Annual administration report of the Civil Veterinary Department of India - 1897-1898
Year: 1897
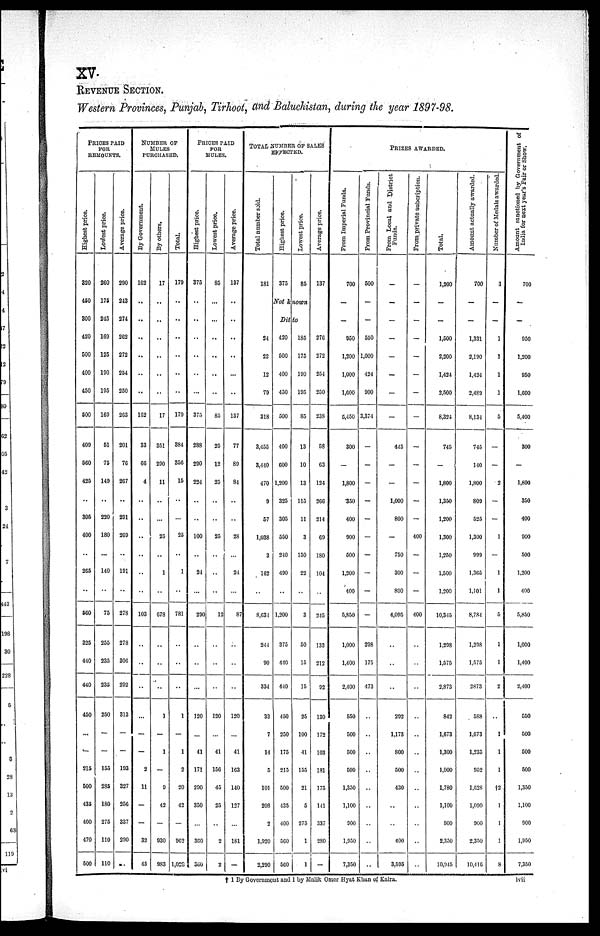
XV
REVENUE SECTION.
Western Provinces, Punjab, Tirhoot, and Baluchistan, during the year 1897—98.
PRICES PAID
FOR
REMOUNTS.
Highest price.
320
450
300
420
500
400
450
500
409
560
425
..
305
400
..
265
..
560
325
440
440
450
...
—
215
500
435
400
470
500
Lowest price.
260
175
215
169
125
190
195
169
51
75
149
..
220
180
..
140
..
75
255
235
235
250
—
—
155
285
180
275
110
110
Average price.
290
243
274
262
272
254
250
263
201
76
267
..
291
269
..
191
..
278
278
306
292
313
—
—
193
327
256
337
290
NUMBER OF
MULES
PURCHASED.
By Government.
162
..
..
..
..
..
..
162
33
66
4
..
..
..
..
..
..
103
..
..
..
..
—
—
2
11
—
—
32
45
By others.
17
..
..
..
..
..
..
17
351
290
11
..
..
25
..
1
..
678
..
..
..
1
—
1
—
9
42
—
930
983
Total.
179
..
..
..
..
..
..
179
384
356
15
..
..
25
..
1
..
781
..
..
..
1
—
1
2
20
42
—
962
1,028
PRICES PAID
FOR
MULES.
Highest price.
375
..
..
..
..
..
...
375
288
290
224
..
..
100
..
24
..
290
..
..
...
120
..
41
171
290
350
...
360
360
Lowest price.
85
..
..
..
..
..
..
85
25
12
25
..
..
25
..
..
..
12
..
..
..
120
...
41
156
45
25
..
2
2
Average price.
137
..
..
..
..
...
..
137
77
89
84
..
..
28
..
24
..
87
..
..
..
120
...
41
163
140
127
...
181
—
TOTAL NUMBER OF SALES
EFFECTED.
Total number sold.
181
24
22
12
79
318
3,455
3,440
470
9
57
1,038
3
162
..
8,631
244
90
334
33
7
11
5
101
208
2
1,920
2,290
Highest price.
375
Lowest price.
85
Not
known
Ditto
420
500
400
450
500
400
600
1,200
325
305
550
240
490
..
1,200
375
440
440
450
250
175
215
500
435
400
560
560
185
175
190
195
85
13
10
13
115
11
3
150
22
..
3
50
15
15
25
100
41
155
21
5
275
1
1
Average price.
137
276
272
254
250
238
58
63
124
266
214
69
180
104
..
245
133
212
92
130
172
103
181
175
141
337
280
—
PRIZES AWARDED
From Imperial Funds.
700
—
—
950
1,200
1,000
1,000
5,450
300
—
1,800
350
400
900
500
1,200
400
5,850
1,000
1,400
2,400
550
500
500
500
1,350
1,100
900
1,950
7,350
From Provincial Funds.
500
—
—
550
1,000
424
900
3,374
—
—
—
—
—
—
—
—
—
—
298
175
473
..
..
..
..
..
..
..
..
..
From Local and District
Funds.
—
—
—
—
—
—
—
—
445
—
—
1,000
800
—
750
300
800
4,095
..
..
..
292
1,173
800
500
430
..
..
400
3,595
From private subcription.
—
—
—
—
—
—
—
—
—
—
—
—
—
400
—
—
—
400
..
..
..
..
..
..
..
..
..
..
..
..
Total.
1,200
—
—
1,500
2,200
1,424
2,500
8,324
745
—
1,800
1,350
1,200
1,300
1,250
1,500
1,200
10,345
1,298
1,575
2,873
842
1,673
1,300
1,000
1,780
1,100
900
2,350
10,915
Amount actually awarded.
700
—
—
1,331
2,190
1,424
2,489
8,134
745
140
1,800
809
525
1,300
999
1,365
1,101
8,784
1,298
1,575
2,873
588
1,673
1,235
952
1,628
1,090
900
2,350
10,416
Number of Medals awarded.
1
—
—
1
1
1
1
5
—
—
2
—
—
1
—
1
1
5
1
1
2
..
1
1
1
†2
1
1
1
8
Amount sanctioned by Government of
India for nest year's Fair or Show.
700
—
—
950
1,200
950
1,600
5,400
300
—
1,800
350
400
900
500
1,200
400
5,850
1,000
1,400
2,400
550
500
500
500
1,350
1,100
900
1,950
7,350
† 1 By Government and 1 by Malik Omer Hyat Khun of Kalra.
lvii